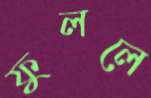
ফুললে